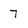
Character: 7